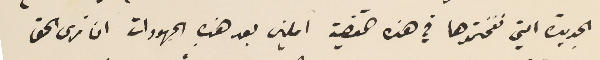
الجديدة التي نفختموها في هذه القضية املين بعد هذهِ الجهودات ان نرى الحق